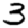
Digit: 3